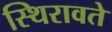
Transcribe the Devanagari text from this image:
स्थिरावते